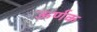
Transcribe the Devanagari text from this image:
ऊर्णक